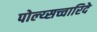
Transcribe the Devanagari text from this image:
पोल्य्सच्चारिदे